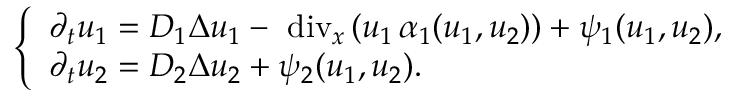
\left\{ \begin{array} { l } { \partial _ { t } u _ { 1 } = D _ { 1 } \Delta u _ { 1 } - \mathrm { \mathrm { ~ d i v } } _ { x } \, ( u _ { 1 } \, \alpha _ { 1 } ( u _ { 1 } , u _ { 2 } ) ) + \psi _ { 1 } ( u _ { 1 } , u _ { 2 } ) , } \\ { \partial _ { t } u _ { 2 } = D _ { 2 } \Delta u _ { 2 } + \psi _ { 2 } ( u _ { 1 } , u _ { 2 } ) . } \end{array} \right.